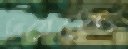
ত্রিয়েস্তে